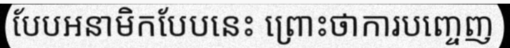
បែបអនាមិកបែបនេះ ព្រោះថាការបញ្ចេញ